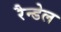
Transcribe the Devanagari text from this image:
रैन्डेल